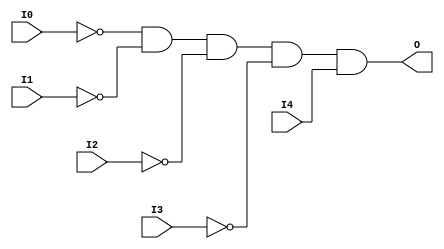

/*

FUNCTION	: 5-INPUT AND GATE

*/

`timescale  100 ps / 10 ps

`celldefine

module AND5B4 (O, I0, I1, I2, I3, I4);


    output O;

    input  I0, I1, I2, I3, I4;

    not N3 (i3_inv, I3);
    not N2 (i2_inv, I2);
    not N1 (i1_inv, I1);
    not N0 (i0_inv, I0);
    and A1 (O, i0_inv, i1_inv, i2_inv, i3_inv, I4);

    specify
	(I0 *> O) = (0, 0);
	(I1 *> O) = (0, 0);
	(I2 *> O) = (0, 0);
	(I3 *> O) = (0, 0);
	(I4 *> O) = (0, 0);
    endspecify

endmodule

`endcelldefine